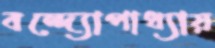
বন্দ্যোপাধ্যায়